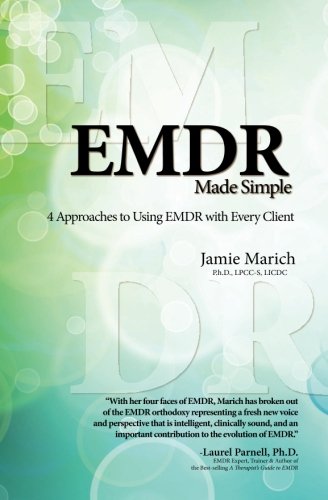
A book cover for EMDR Made Simple: 4 Approaches to Using EMDR with Every Client; Jamie Marich; Medical Books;